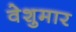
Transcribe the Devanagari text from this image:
वेशुमार